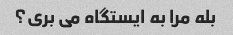
بله مرا به ایستگاه می بری؟